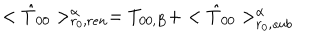
LaTeX: < { \hat { T } } _ { 0 0 } > _ { r _ { 0 } , r e n } ^ { \alpha } = T _ { 0 0 , B } + < { \hat { T } } _ { 0 0 } > _ { r _ { 0 } , s u b } ^ { \alpha }